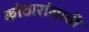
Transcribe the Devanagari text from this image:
कोठारांसाठी